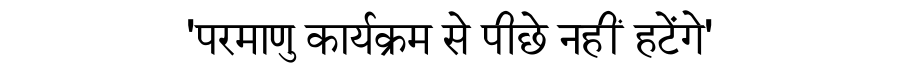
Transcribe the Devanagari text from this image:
'परमाणु कार्यक्रम से पीछे नहीं हटेंगे'